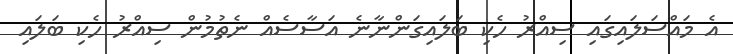
އެ މައްސަލައިގައި ސިއްރު ހެކި ބަލައިގަންނާނެ އަސާސެއް ނެތުމުން ސިއްރު ހެކި ބަލައި